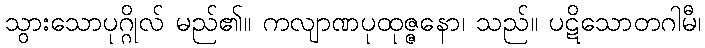
သွားသောပုဂ္ဂိုလ် မည်၏။ ကလျာဏပုထုဇ္ဇနော၊ သည်။ ပဋိသောတဂါမီ၊